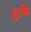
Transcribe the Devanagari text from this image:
धुकि